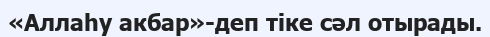
«Аллаһу акбар»-деп тіке сәл отырады.